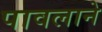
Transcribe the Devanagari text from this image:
पावलाने